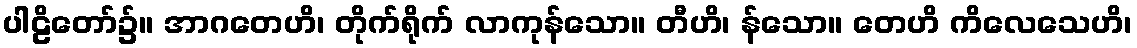
ပါဠိတော်၌။ အာဂတေဟိ၊ တိုက်ရိုက် လာကုန်သော။ တီဟိ၊ န်သော။ တေဟိ ကိလေသေဟိ၊